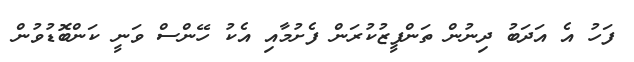
ފަހު އެ އަދަބު ދިނުން ތަންފީޒުކުރަން ފެށުމާއި އެކު ހޭންސް ވަނީ ކަންބޮޑުވުން